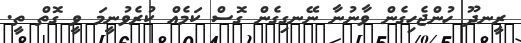
ރީނދޫ ހުންޖެހިގެން ވާނުނާ ނޭނގިގެން ގޮސް ކަމެއް ކުރެވުނީމަ ވީ ގޮތް ތީ.